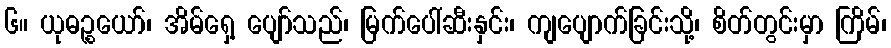
၆။ ယုဓဉ္စယော်၊ အိမ်ရှေ့ ပျော်သည်၊ မြက်ပေါ်ဆီးနှင်း၊ ကျပျောက်ခြင်းသို့၊ စိတ်တွင်းမှာ ကြိမ်၊